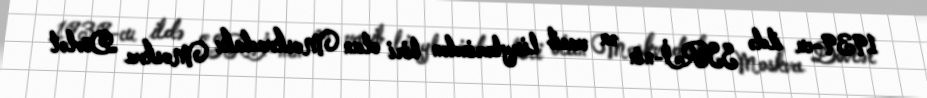
1939-cu ildə SSRİ-nin ən vacib liseylərindən biri olan Moskvadakı Moskva Dövlət